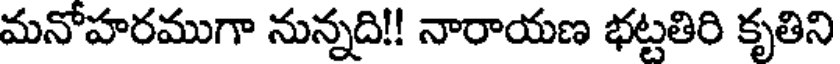
మనోహరముగా నున్నది!! నారాయణ భట్టతిరి కృతిని